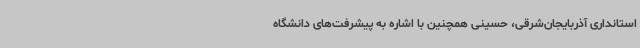
استانداری آذربایجان‌شرقی، حسینی همچنین با اشاره به پیشرفت‌های دانشگاه